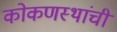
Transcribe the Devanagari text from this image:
कोकणस्थांची